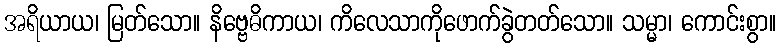
အရိယာယ၊ မြတ်သော။ နိဗ္ဗေဓိကာယ၊ ကိလေသာကိုဖောက်ခွဲတတ်သော။ သမ္မာ၊ ကောင်းစွာ။